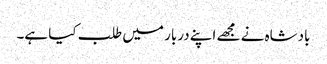
بادشاہ نے مجھے اپنے دربار میں طلب کیا ہے۔